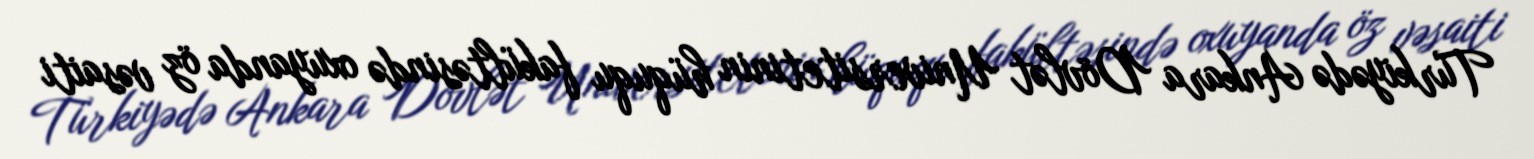
Türkiyədə Ankara Dövlət Universitetinin hüququ fakültəsində oxuyanda öz vəsaiti